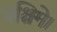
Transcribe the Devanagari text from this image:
पश्चिमे।